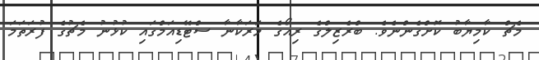
މެޗް ކާމިޔާބު ކޮށްގެންނެވެ. ބްރެޒިލްގެ ރިއޯގެ މަރަކާނާ ސްޓޭޑިއަމްގައި ކުޅުނު މެޗުގެ ފުރަތަމަ